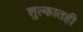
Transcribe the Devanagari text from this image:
शुल्कातही